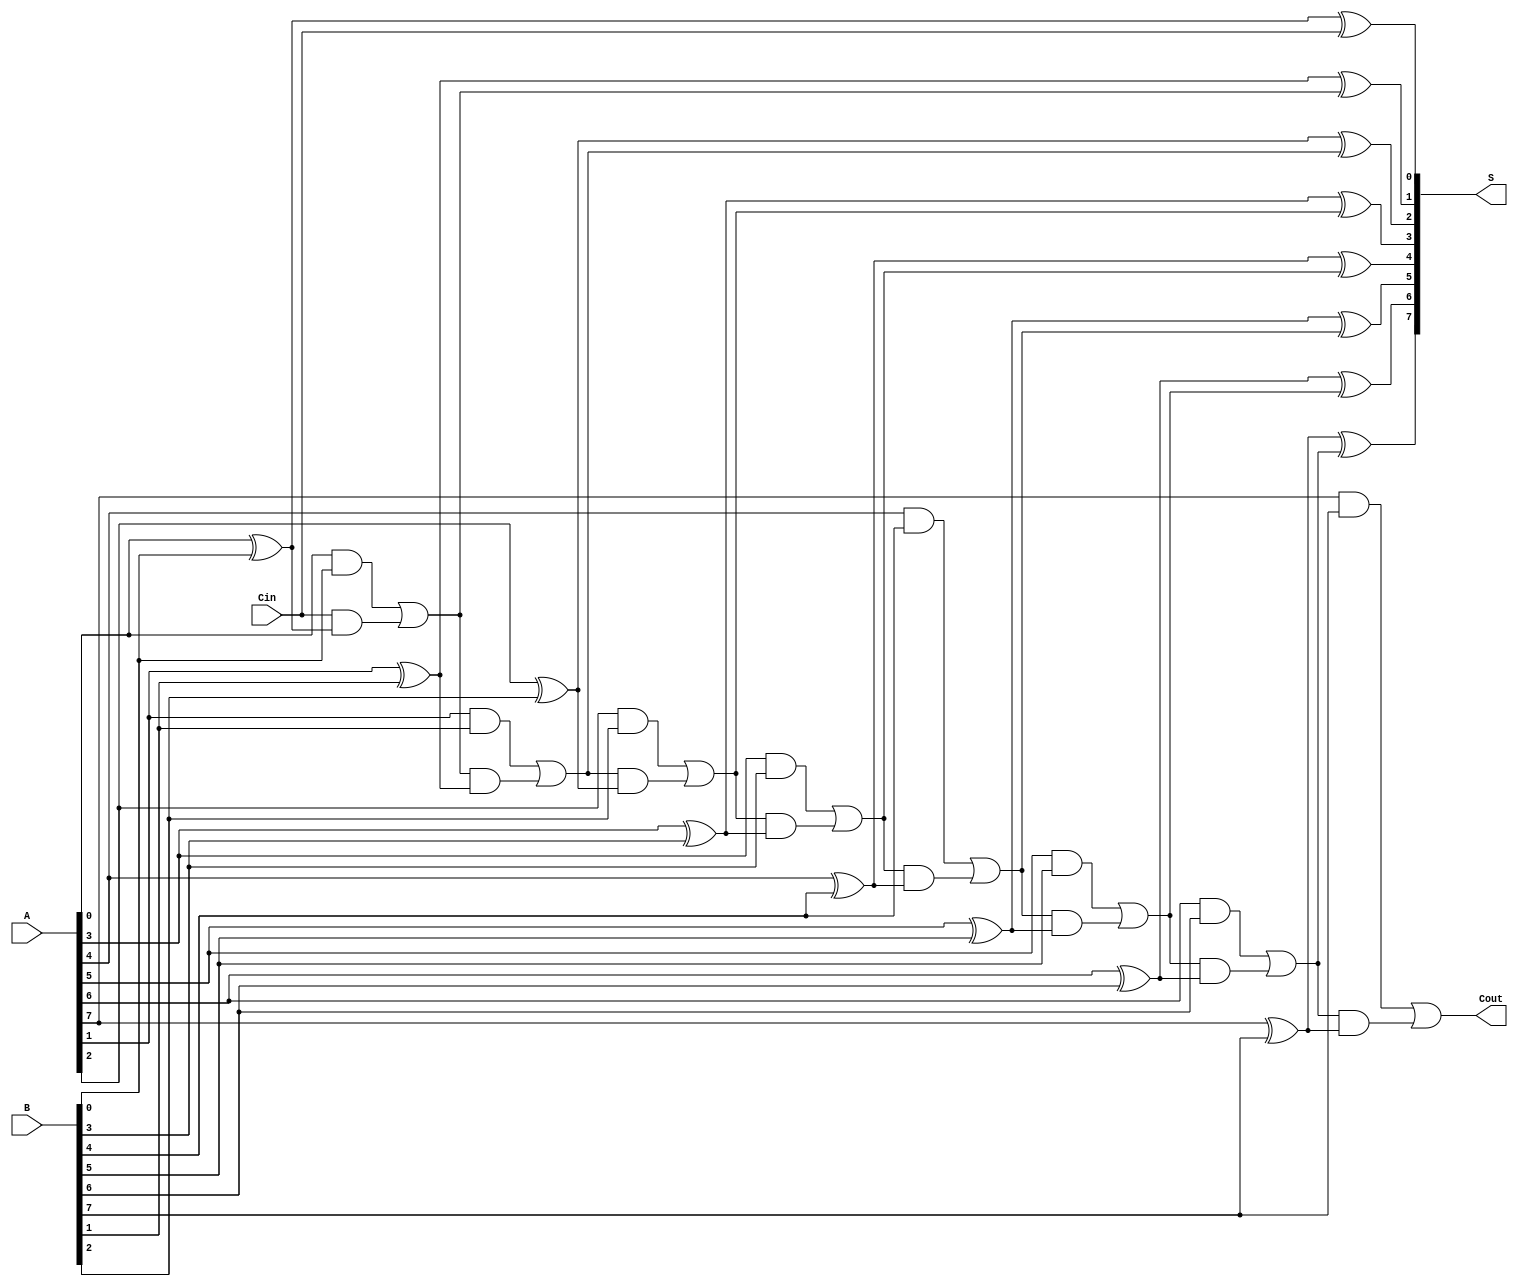
module LingAdder #(parameter n = 8) (
    input  wire [n-1:0] A,      // First n-bit binary number
    input  wire [n-1:0] B,      // Second n-bit binary number
    input  wire Cin,             // Carry-in
    output wire [n-1:0] S,       // n-bit sum output
    output wire Cout             // Carry-out
);

    wire [n:0] C;               // Carry bits, C[0] is Cin, C[n] is Cout

    // Generate carry bits
    assign C[0] = Cin;

    genvar i;
    generate
        for (i = 0; i < n; i = i + 1) begin : carry_generation
            assign C[i + 1] = (A[i] & B[i]) | (C[i] & (A[i] ^ B[i]));
        end
    endgenerate

    // Calculate sum bits
    generate
        for (i = 0; i < n; i = i + 1) begin : sum_calculation
            assign S[i] = A[i] ^ B[i] ^ C[i];
        end
    endgenerate

    // Assign Cout as the last carry bit
    assign Cout = C[n];

endmodule